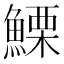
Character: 𩺤